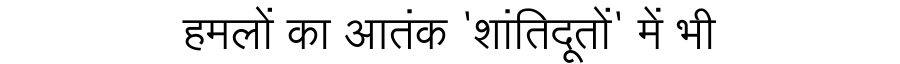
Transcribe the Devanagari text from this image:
हमलों का आतंक 'शांतिदूतों' में भी